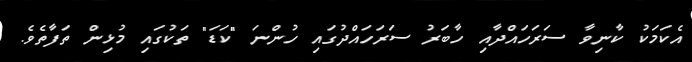
އެކަމަކު ކާނިވާ ސަރަހައްދާއި ހާބަރު ސަރަހައްދުގައި ހުންނަ "ކަޑަ" ތަކުގައި މުޅިން ތަފާތެވެ.